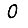
Digit: 0